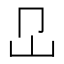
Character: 𡴺